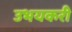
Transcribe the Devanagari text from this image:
उभयकरी